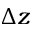
\Delta z